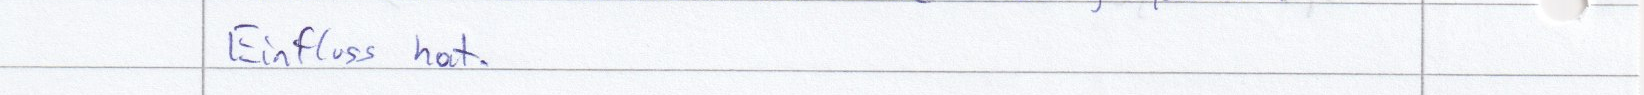
Einfluss hat.